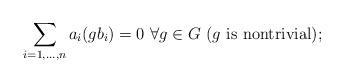
LaTeX: \begin{align*}\sum_{i =1, ..., n} a_i(gb_i) = 0 \ \forall g\in G \ (g \ \mathrm{is \ nontrivial});\end{align*}